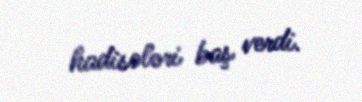
hadisələri baş verdi.